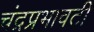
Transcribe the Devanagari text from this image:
चंद्रप्रभावटी